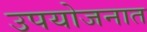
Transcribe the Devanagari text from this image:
उपयोजनात